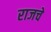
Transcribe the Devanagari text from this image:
राजचे